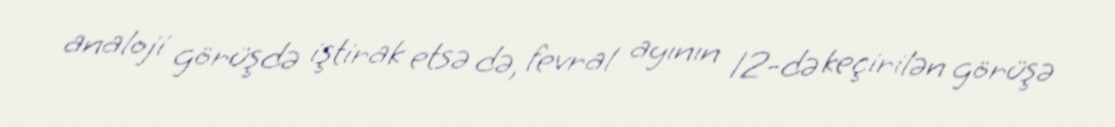
analoji görüşdə iştirak etsə də, fevral ayının 12-də keçirilən görüşə